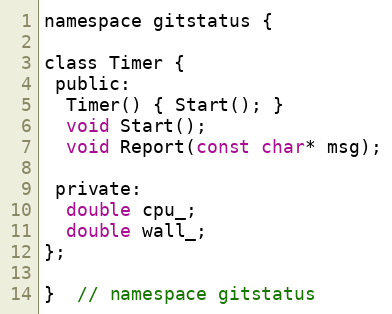
Language: C
namespace gitstatus {

class Timer {
 public:
  Timer() { Start(); }
  void Start();
  void Report(const char* msg);

 private:
  double cpu_;
  double wall_;
};

}  // namespace gitstatus